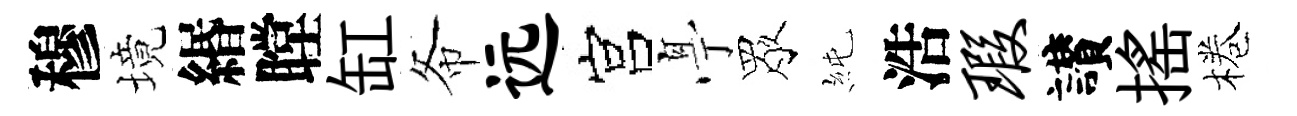
穆境緡瞠缸𢁙远宫𠅘眾純浩瑕讃揺棬